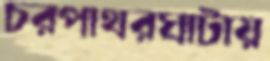
চরপাথরঘাটায়